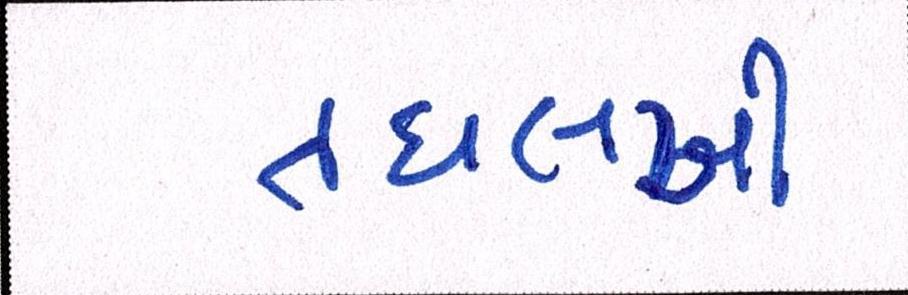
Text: તઘલખી